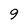
Character: 9